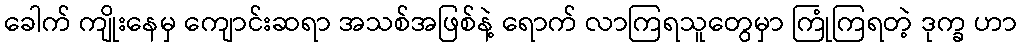
ခေါက် ကျိုးနေမှ ကျောင်းဆရာ အသစ်အဖြစ်နဲ့ ရောက် လာကြရသူတွေမှာ ကြုံကြရတဲ့ ဒုက္ခ ဟာ